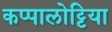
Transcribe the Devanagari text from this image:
कप्पालोट्टिया